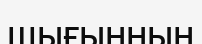
шығынның